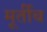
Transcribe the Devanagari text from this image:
मूर्तीच